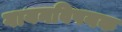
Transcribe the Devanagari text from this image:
गायनविषयक